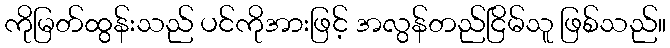
ကိုမြတ်ထွန်းသည် ပင်ကိုအားဖြင့် အလွန်တည်ငြိမ်သူ ဖြစ်သည်။